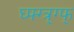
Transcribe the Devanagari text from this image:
घ्फ्ग्त्र्ग्फ्